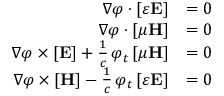
{ \begin{array} { r l } { \nabla \varphi \cdot [ \varepsilon \mathbf { E } ] } & { = 0 } \\ { \nabla \varphi \cdot [ \mu \mathbf { H } ] } & { = 0 } \\ { \nabla \varphi \times [ \mathbf { E } ] + { \frac { 1 } { c } } \, \varphi _ { t } \, [ \mu \mathbf { H } ] } & { = 0 } \\ { \nabla \varphi \times [ \mathbf { H } ] - { \frac { 1 } { c } } \, \varphi _ { t } \, [ \varepsilon \mathbf { E } ] } & { = 0 } \end{array} }